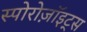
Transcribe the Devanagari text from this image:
स्पोरोज़ॉइट्स